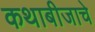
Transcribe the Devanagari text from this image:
कथाबीजाचे